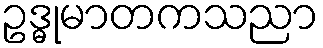
ဥဒ္ဓုမာတကသညာ